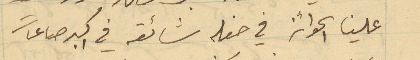
علينا الجوائز في حفله شائعه في اكبر صاعات